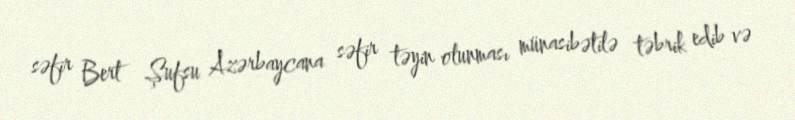
səfir Bert Şufsu Azərbaycana səfir təyin olunması münasibətilə təbrik edib və